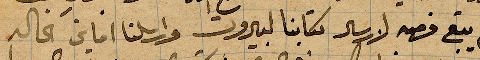
ولم يتبع فهمه لارسال كتابنا لبيروت وارسلنا اماني الحاله